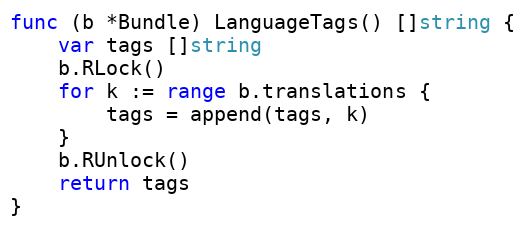
Language: Go
func (b *Bundle) LanguageTags() []string {
	var tags []string
	b.RLock()
	for k := range b.translations {
		tags = append(tags, k)
	}
	b.RUnlock()
	return tags
}